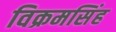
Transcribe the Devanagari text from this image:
विक्रमसिंह